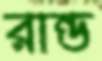
রান্ড